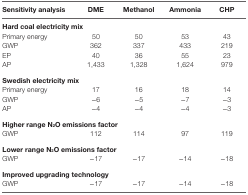
<table><thead><tr><td><b>Sensitivity analysis</b></td><td><b>DME</b></td><td><b>Methanol</b></td><td><b>Ammonia</b></td><td><b>CHP</b></td></tr></thead><tbody><tr><td colspan="5"><b>Hard coal electricity mix</b></td></tr><tr><td>Primary energy</td><td>50</td><td>50</td><td>53</td><td>43</td></tr><tr><td>GWP</td><td>362</td><td>337</td><td>433</td><td>219</td></tr><tr><td>EP</td><td>40</td><td>36</td><td>55</td><td>23</td></tr><tr><td>AP</td><td>1,433</td><td>1,328</td><td>1,624</td><td>979</td></tr><tr><td colspan="5"><b>Swedish electricity mix</b></td></tr><tr><td>Primary energy</td><td>17</td><td>16</td><td>18</td><td>14</td></tr><tr><td>GWP</td><td>−6</td><td>−5</td><td>−7</td><td>−3</td></tr><tr><td>AP</td><td>−4</td><td>−4</td><td>−4</td><td>−3</td></tr><tr><td colspan="5"><b>Higher range N<sub>2</sub>O emissions factor</b></td></tr><tr><td>GWP</td><td>112</td><td>114</td><td>97</td><td>119</td></tr><tr><td colspan="5"><b>Lower range N<sub>2</sub>O emissions factor</b></td></tr><tr><td>GWP</td><td>−17</td><td>−17</td><td>−14</td><td>−18</td></tr><tr><td colspan="5"><b>Improved upgrading technology</b></td></tr><tr><td>GWP</td><td>−17</td><td>−17</td><td>−14</td><td>−18</td></tr></tbody></table>